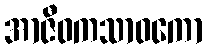
အာဇီဝကသာဝကော